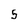
Character: 5